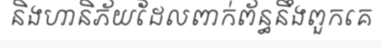
និងហានិភ័យដែលពាក់ព័ន្ធនឹងពួកគេ